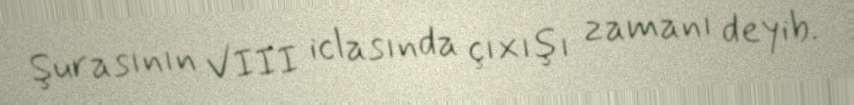
Şurasının VIII iclasında çıxışı zamanı deyib.